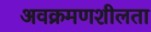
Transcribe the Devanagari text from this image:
अवक्रमणशीलता